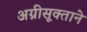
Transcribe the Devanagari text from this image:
अग्नीसूक्ताने